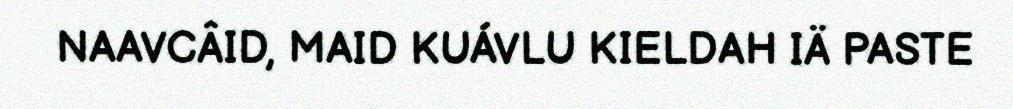
NAAVCÂID, MAID KUÁVLU KIELDAH IÄ PASTE